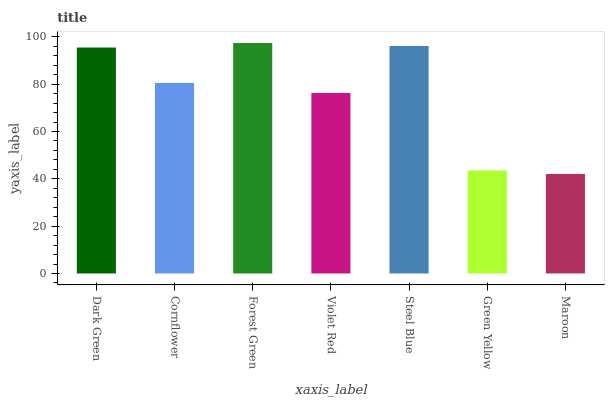
| xaxis_label | bars |
 | --- | --- |
 | Dark Green | 95.5 |
 | Cornflower | 80.5 |
 | Forest Green | 97.4 |
 | Violet Red | 76.3 |
 | Steel Blue | 96.1 |
 | Green Yellow | 43.5 |
 | Maroon | 42.1 |